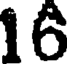
16